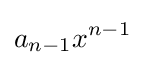
a_{n-1}x^{n-1}